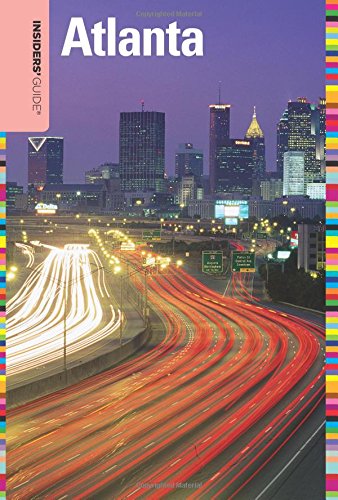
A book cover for Insiders' GuideÂ® to Atlanta (Insiders' Guide Series); Janice Mcdonald; Travel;